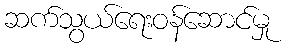
ဆက်သွယ်ရေးဝန်ဆောင်မှု